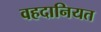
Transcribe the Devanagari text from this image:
वहदानियत